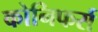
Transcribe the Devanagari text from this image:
कोनिफर्स